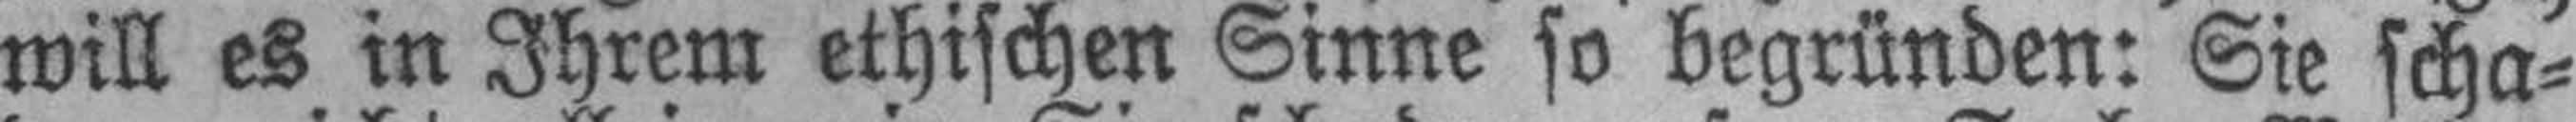
will es in Ihrem ethischen Sinne so begründen: Sie scha¬